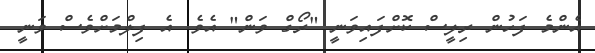
އެންމެ ފަހުން ރިލީސް ކޮށްފައިވަނީ "ރޯގް ވަން" އެވެ. އެ ފިލްމަށްވެސް ވަނީ